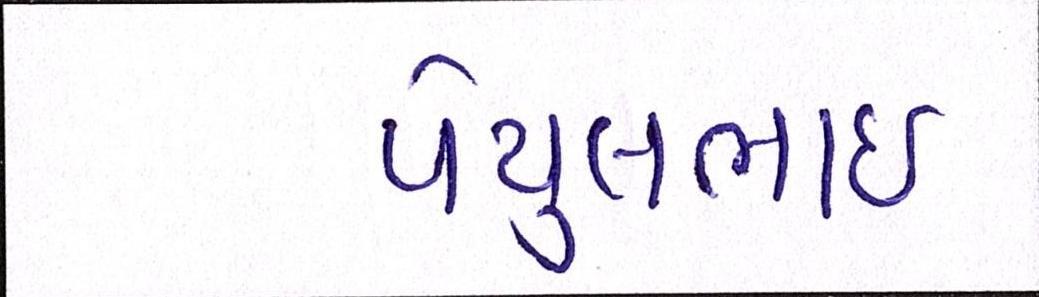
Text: પેયુલભાઈ